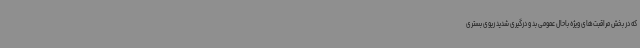
که در بخش مراقبت‌های ویژه باحال عمومی بد و درگیری شدید ریوی بستری